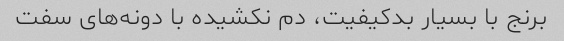
برنج با بسیار بدکیفیت، دم نکشیده با دونه‌های سفت